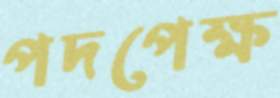
পদপেক্ষ